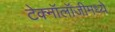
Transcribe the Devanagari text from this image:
टेक्‍नॉलॉजीमध्ये